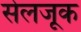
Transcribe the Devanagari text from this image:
सेलजूक